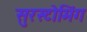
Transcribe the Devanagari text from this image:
सुरस्टोमिंग